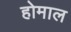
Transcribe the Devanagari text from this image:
होमाल